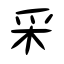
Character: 采